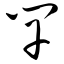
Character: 竿